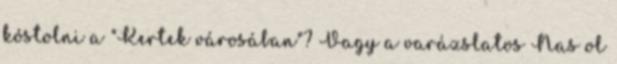
kóstolni a "Kertek városában"? Vagy a varázslatos Nas ol